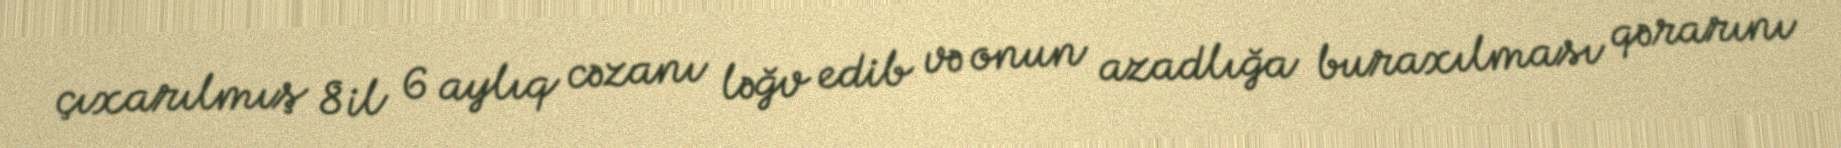
çıxarılmış 8 il 6 aylıq cəzanı ləğv edib və onun azadlığa buraxılması qərarını